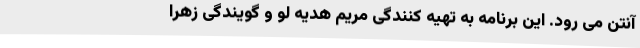
آنتن می رود. این برنامه به تهیه کنندگی مریم هدیه لو و گویندگی زهرا